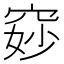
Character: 𫁐